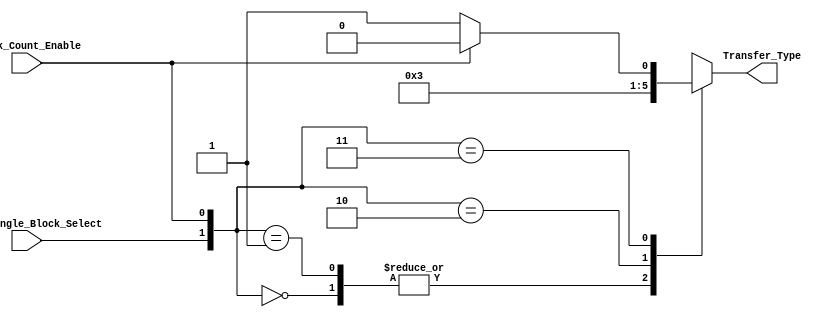
module TipoDeTransferencia(Multi_Single_Block_Select, Block_Count_Enable,Transfer_Type);
input  Multi_Single_Block_Select;
input  Block_Count_Enable;


output [1:0] Transfer_Type;

wire Multi_Single_Block_Select;
wire Block_Count_Enable;


reg [1:0] Transfer_Type;
reg [1:0] Temporal; 

  parameter Single_Transfer  = 2'b00; 
  parameter Infinite_Transfer  = 2'b01;
  parameter Multiple_Transfer  = 2'b10;
  parameter Stop_Multiple_Transfer  = 2'b11;


always @(*)
begin
 Temporal[1]<=Multi_Single_Block_Select;
 Temporal[0]<=Block_Count_Enable;

case(Temporal)  
				2'b00:  begin 
					Transfer_Type<=Single_Transfer;
					
					end    

				2'b01:  begin 
					Transfer_Type<=Single_Transfer;
					end

				2'b10:  begin
					Transfer_Type<=Infinite_Transfer;
					end
					
					
				2'b11:	begin
 
					if (Block_Count_Enable==0) begin
					Transfer_Type<= Stop_Multiple_Transfer;
					end
					else begin
					Transfer_Type<= Multiple_Transfer;
					end


					end
				//default: 
         				//definir
      				endcase

end 
endmodule